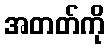
အတတ်ကို